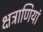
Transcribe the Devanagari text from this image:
क्षत्राणियां